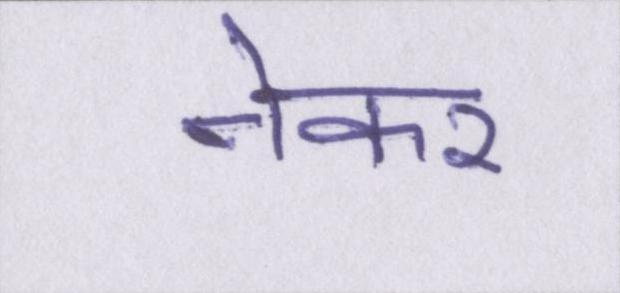
नेकर